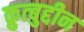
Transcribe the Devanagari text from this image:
क़ुत्बुद्दीन